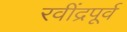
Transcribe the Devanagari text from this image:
रवींद्रपूर्व